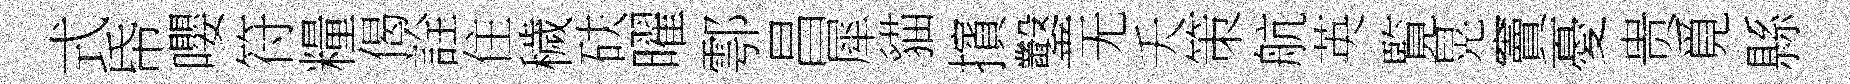
式帋嚶符糧偈詮住穢砆曜鄠昌犀貓擯鑿无夭策航英覧晃竇憂贵覓縣